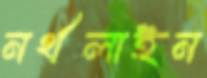
নর্থলাইন